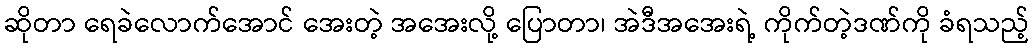
ဆိုတာ ရေခဲလောက်အောင် အေးတဲ့ အအေးလို့ ပြောတာ၊ အဲဒီအအေးရဲ့ ကိုက်တဲ့ဒဏ်ကို ခံရသည့်